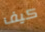
كيف